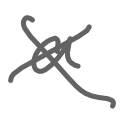
Text: a
Cross-out: cross
Writing tool: digital_gray